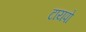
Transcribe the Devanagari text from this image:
टायपो